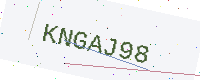
Text: KNGAJ98